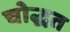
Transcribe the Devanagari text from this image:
चोद्धत